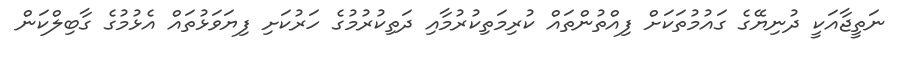
ނަތީޖާއަކީ ދުނިޔޭގެ ގައުމުތަކަށް ފިއްތުންތައް ކުރިމަތިކުރުމާއި ދަތިކުރުމުގެ ހަރުކަށި ފިޔަވަޅުތައް އެޅުމުގެ ގާބިލްކަން